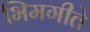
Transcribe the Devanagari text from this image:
भिमगीते